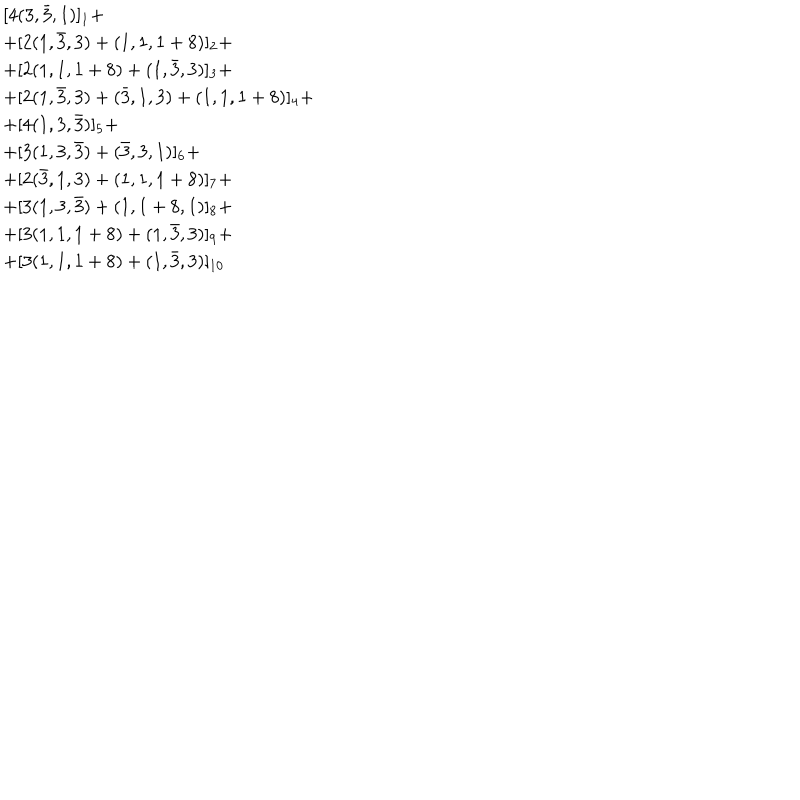
LaTeX: \begin{array} { l } { { [ 4 ( 3 , \bar { 3 } , 1 ) ] _ { 1 } + } } \\ { { + [ 2 ( 1 , \bar { 3 } , 3 ) + ( 1 , 1 , 1 + 8 ) ] _ { 2 } + } } \\ { { + [ 2 ( 1 , 1 , 1 + 8 ) + ( 1 , \bar { 3 } , 3 ) ] _ { 3 } + } } \\ { { + [ 2 ( 1 , \bar { 3 } , 3 ) + ( \bar { 3 } , 1 , 3 ) + ( 1 , 1 , 1 + 8 ) ] _ { 4 } + } } \\ { { + [ 4 ( 1 , 3 , \bar { 3 } ) ] _ { 5 } + } } \\ { { + [ 3 ( 1 , 3 , \bar { 3 } ) + ( \bar { 3 } , 3 , 1 ) ] _ { 6 } + } } \\ { { + [ 2 ( \bar { 3 } , 1 , 3 ) + ( 1 , 1 , 1 + 8 ) ] _ { 7 } + } } \\ { { + [ 3 ( 1 , 3 , \bar { 3 } ) + ( 1 , 1 + 8 , 1 ) ] _ { 8 } + } } \\ { { + [ 3 ( 1 , 1 , 1 + 8 ) + ( 1 , \bar { 3 } , 3 ) ] _ { 9 } + } } \\ { { + [ 3 ( 1 , 1 , 1 + 8 ) + ( 1 , \bar { 3 } , 3 ) ] _ { 1 0 } } } \\ \end{array}